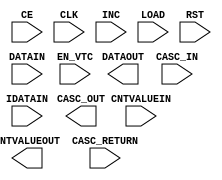
// This program was cloned from: https://github.com/aolofsson/oh
// License: MIT License

module IDELAYE3 #(
  `ifdef XIL_TIMING
  parameter LOC = "UNPLACED",  
  `endif
  parameter CASCADE = "NONE",
  parameter DELAY_FORMAT = "TIME",
  parameter DELAY_SRC = "IDATAIN",
  parameter DELAY_TYPE = "FIXED",
  parameter integer DELAY_VALUE = 0,
  parameter [0:0] IS_CLK_INVERTED = 1'b0,
  parameter [0:0] IS_RST_INVERTED = 1'b0,
  parameter LOOPBACK = "FALSE",
  parameter real REFCLK_FREQUENCY = 300.0,
  parameter real SIM_VERSION = 2.0,
  parameter UPDATE_MODE = "ASYNC"
)(
  output CASC_OUT,
  output [8:0] CNTVALUEOUT,
  output DATAOUT,

  input CASC_IN,
  input CASC_RETURN,
  input CE,
  input CLK,
  input [8:0] CNTVALUEIN,
  input DATAIN,
  input EN_VTC,
  input IDATAIN,
  input INC,
  input LOAD,
  input RST
);
 
endmodule